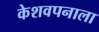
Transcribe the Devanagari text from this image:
केशवपनाला